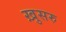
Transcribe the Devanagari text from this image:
ख़ुसरु